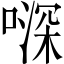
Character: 𠽉